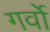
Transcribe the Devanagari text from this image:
गर्वो